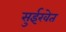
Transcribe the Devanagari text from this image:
सुईखेत